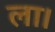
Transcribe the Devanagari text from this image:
ला।